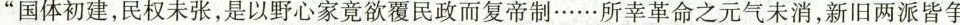
”国体初建，民权未张，是以野心家竟欲覆民政而复帝制……所幸革命之元气未消，新旧两派皆争